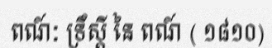
ពណ៍ៈ ទ្រឹស្តី នៃ ពណ៍ ( ១៨១០)